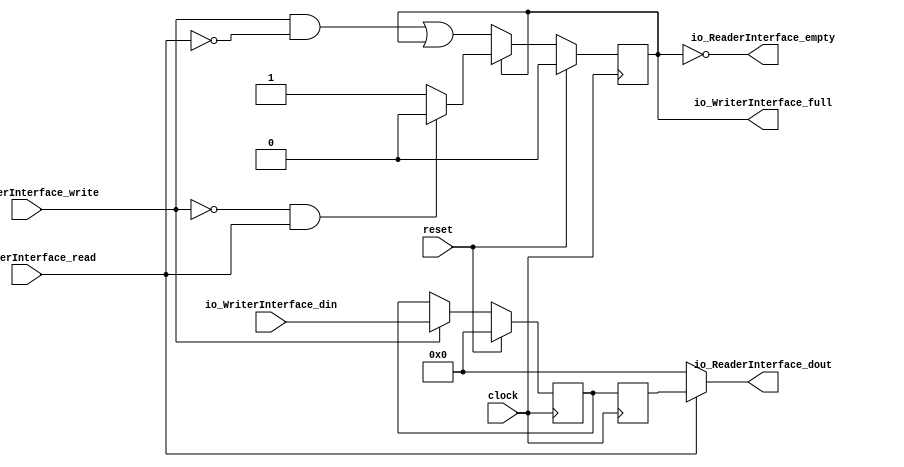
module FifoBuffer(
  input         clock,
  input         reset,
  input         io_WriterInterface_write,
  output        io_WriterInterface_full,
  input  [15:0] io_WriterInterface_din,
  input         io_ReaderInterface_read,
  output        io_ReaderInterface_empty,
  output [15:0] io_ReaderInterface_dout
);
`ifdef RANDOMIZE_REG_INIT
  reg [31:0] _RAND_0;
  reg [31:0] _RAND_1;
  reg [31:0] _RAND_2;
`endif // RANDOMIZE_REG_INIT
  reg  stateReg; // @[fifo_buffer.scala 21:27]
  wire  _GEN_0 = io_WriterInterface_write & ~io_ReaderInterface_read | stateReg; // @[fifo_buffer.scala 24:75 25:25 21:27]
  reg [15:0] fifoReg; // @[fifo_buffer.scala 37:26]
  reg [15:0] io_ReaderInterface_dout_REG; // @[fifo_buffer.scala 45:41]
  assign io_WriterInterface_full = stateReg; // @[fifo_buffer.scala 34:41]
  assign io_ReaderInterface_empty = ~stateReg; // @[fifo_buffer.scala 35:41]
  assign io_ReaderInterface_dout = io_ReaderInterface_read ? io_ReaderInterface_dout_REG : 16'h0; // @[fifo_buffer.scala 43:28 44:34 45:32]
  always @(posedge clock) begin
    if (reset) begin // @[fifo_buffer.scala 21:27]
      stateReg <= 1'h0; // @[fifo_buffer.scala 21:27]
    end else if (~stateReg) begin // @[fifo_buffer.scala 22:21]
      stateReg <= _GEN_0;
    end else if (stateReg) begin // @[fifo_buffer.scala 22:21]
      if (~io_WriterInterface_write & io_ReaderInterface_read) begin // @[fifo_buffer.scala 29:75]
        stateReg <= 1'h0; // @[fifo_buffer.scala 30:25]
      end
    end
    if (reset) begin // @[fifo_buffer.scala 37:26]
      fifoReg <= 16'h0; // @[fifo_buffer.scala 37:26]
    end else if (io_WriterInterface_write) begin // @[fifo_buffer.scala 39:35]
      fifoReg <= io_WriterInterface_din; // @[fifo_buffer.scala 40:17]
    end
    io_ReaderInterface_dout_REG <= fifoReg; // @[fifo_buffer.scala 45:41]
  end
// Register and memory initialization
`ifdef RANDOMIZE_GARBAGE_ASSIGN
`define RANDOMIZE
`endif
`ifdef RANDOMIZE_INVALID_ASSIGN
`define RANDOMIZE
`endif
`ifdef RANDOMIZE_REG_INIT
`define RANDOMIZE
`endif
`ifdef RANDOMIZE_MEM_INIT
`define RANDOMIZE
`endif
`ifndef RANDOM
`define RANDOM $random
`endif
`ifdef RANDOMIZE_MEM_INIT
  integer initvar;
`endif
`ifndef SYNTHESIS
`ifdef FIRRTL_BEFORE_INITIAL
`FIRRTL_BEFORE_INITIAL
`endif
initial begin
  `ifdef RANDOMIZE
    `ifdef INIT_RANDOM
      `INIT_RANDOM
    `endif
    `ifndef VERILATOR
      `ifdef RANDOMIZE_DELAY
        #`RANDOMIZE_DELAY begin end
      `else
        #0.002 begin end
      `endif
    `endif
`ifdef RANDOMIZE_REG_INIT
  _RAND_0 = {1{`RANDOM}};
  stateReg = _RAND_0[0:0];
  _RAND_1 = {1{`RANDOM}};
  fifoReg = _RAND_1[15:0];
  _RAND_2 = {1{`RANDOM}};
  io_ReaderInterface_dout_REG = _RAND_2[15:0];
`endif // RANDOMIZE_REG_INIT
  `endif // RANDOMIZE
end // initial
`ifdef FIRRTL_AFTER_INITIAL
`FIRRTL_AFTER_INITIAL
`endif
`endif // SYNTHESIS
endmodule
module FifoBufferRdyVld(
  input         clock,
  input         reset,
  output        io_WriterInterface_ready,
  input         io_WriterInterface_valid,
  input  [15:0] io_WriterInterface_bits,
  input         io_ReaderInterface_ready,
  output        io_ReaderInterface_valid,
  output [15:0] io_ReaderInterface_bits
);
  wire  fifoBuffer_clock; // @[fifo_buffer.scala 55:27]
  wire  fifoBuffer_reset; // @[fifo_buffer.scala 55:27]
  wire  fifoBuffer_io_WriterInterface_write; // @[fifo_buffer.scala 55:27]
  wire  fifoBuffer_io_WriterInterface_full; // @[fifo_buffer.scala 55:27]
  wire [15:0] fifoBuffer_io_WriterInterface_din; // @[fifo_buffer.scala 55:27]
  wire  fifoBuffer_io_ReaderInterface_read; // @[fifo_buffer.scala 55:27]
  wire  fifoBuffer_io_ReaderInterface_empty; // @[fifo_buffer.scala 55:27]
  wire [15:0] fifoBuffer_io_ReaderInterface_dout; // @[fifo_buffer.scala 55:27]
  FifoBuffer fifoBuffer ( // @[fifo_buffer.scala 55:27]
    .clock(fifoBuffer_clock),
    .reset(fifoBuffer_reset),
    .io_WriterInterface_write(fifoBuffer_io_WriterInterface_write),
    .io_WriterInterface_full(fifoBuffer_io_WriterInterface_full),
    .io_WriterInterface_din(fifoBuffer_io_WriterInterface_din),
    .io_ReaderInterface_read(fifoBuffer_io_ReaderInterface_read),
    .io_ReaderInterface_empty(fifoBuffer_io_ReaderInterface_empty),
    .io_ReaderInterface_dout(fifoBuffer_io_ReaderInterface_dout)
  );
  assign io_WriterInterface_ready = ~fifoBuffer_io_WriterInterface_full; // @[fifo_buffer.scala 59:33]
  assign io_ReaderInterface_valid = ~fifoBuffer_io_ReaderInterface_empty; // @[fifo_buffer.scala 60:33]
  assign io_ReaderInterface_bits = fifoBuffer_io_ReaderInterface_dout; // @[fifo_buffer.scala 57:29]
  assign fifoBuffer_clock = clock;
  assign fifoBuffer_reset = reset;
  assign fifoBuffer_io_WriterInterface_write = io_WriterInterface_valid & io_WriterInterface_ready; // @[fifo_buffer.scala 62:70]
  assign fifoBuffer_io_WriterInterface_din = io_WriterInterface_bits; // @[fifo_buffer.scala 56:39]
  assign fifoBuffer_io_ReaderInterface_read = io_ReaderInterface_valid & io_ReaderInterface_ready; // @[fifo_buffer.scala 63:70]
endmodule